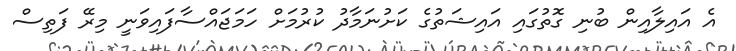
އެ އައިލާއިން ބުނި ގޮތުގައި އައިޝަތުގެ ކަށުނަމާދު ކުރުމަށް ހަމަޖައްސާފައިވަނީ މިރޭ ފަތިސް